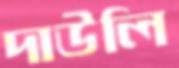
দাউলি